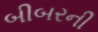
બીબરની